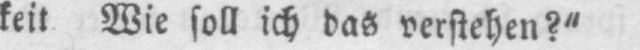
keit Wie soll ich das verstehen?“